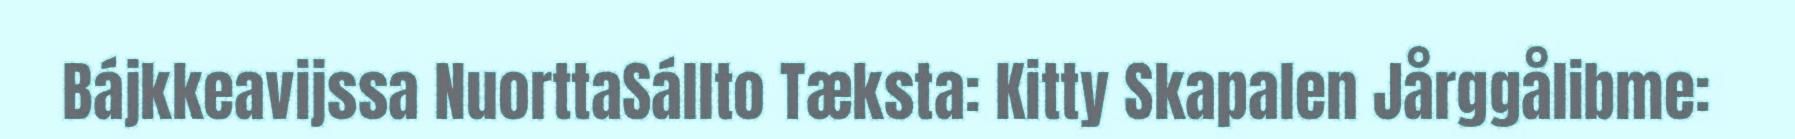
Bájkkeavijssa NuorttaSállto Tæksta: Kitty Skapalen Jårggålibme: